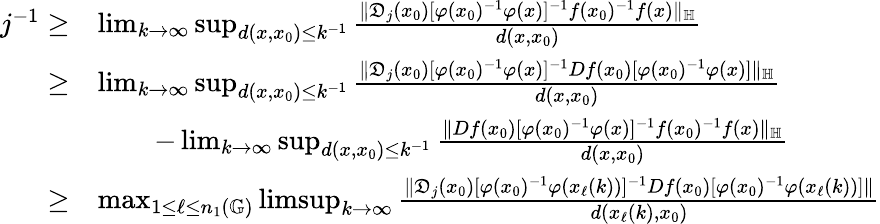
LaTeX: \begin{array}{rl}{j^{-1}\geq}&{\operatorname*{lim}_{k\to\infty}\operatorname*{sup}_{d(x,x_{0})\leq k^{-1}}\frac{\lVert\mathfrak{D}_{j}(x_{0})[\varphi(x_{0})^{-1}\varphi(x)]^{-1}f(x_{0})^{-1}f(x)\rVert_{\mathbb{H}}}{d(x,x_{0})}}\\ {\geq}&{\operatorname*{lim}_{k\to\infty}\operatorname*{sup}_{d(x,x_{0})\leq k^{-1}}\frac{\lVert\mathfrak{D}_{j}(x_{0})[\varphi(x_{0})^{-1}\varphi(x)]^{-1}Df(x_{0})[\varphi(x_{0})^{-1}\varphi(x)]\rVert_{\mathbb H}}{d(x,x_{0})}}\\ &{\qquad-\operatorname*{lim}_{k\to\infty}\operatorname*{sup}_{d(x,x_{0})\leq k^{-1}}\frac{\lVert Df(x_{0})[\varphi(x_{0})^{-1}\varphi(x)]^{-1}f(x_{0})^{-1}f(x)\rVert_{\mathbb{H}}}{d(x,x_{0})}}\\ {\geq}&{\operatorname*{max}_{1\leq\ell\leq n_{1}(\mathbb{G})}\operatorname*{limsup}_{k\to\infty}\frac{\lVert\mathfrak{D}_{j}(x_{0})[\varphi(x_{0})^{-1}\varphi(x_{\ell}(k))]^{-1}Df(x_{0})[\varphi(x_{0})^{-1}\varphi(x_{\ell}(k))]\rVert}{d(x_{\ell}(k),x_{0})}}\end{array}